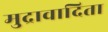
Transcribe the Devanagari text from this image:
मुद्रावादिता